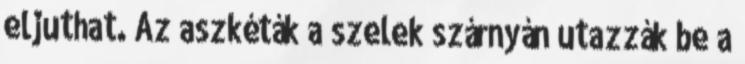
eljuthat. Az aszkéták a szelek szárnyán utazzák be a